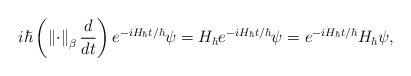
LaTeX: \begin{align*}i\hbar\left( \left\Vert \cdot\right\Vert _{\beta}\frac{d}{dt}\right)e^{-iH_{\hbar}t/\hbar}\psi=H_{\hbar}e^{-iH_{\hbar}t/\hbar}\psi=e^{-iH_{\hbar}t/\hbar}H_{\hbar}\psi, \end{align*}